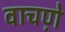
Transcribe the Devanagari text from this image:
वाचणे़